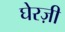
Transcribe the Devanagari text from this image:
घेरज़ी